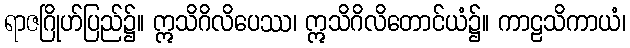
ရာဇဂြိုဟ်ပြည်၌။ ဣသိဂိလိပေဿ၊ ဣသိဂိလိတောင်ယံ၌။ ကာဠသိကာယံ၊